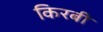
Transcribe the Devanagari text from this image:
किरबी